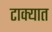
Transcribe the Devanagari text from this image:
टाक्‍यात